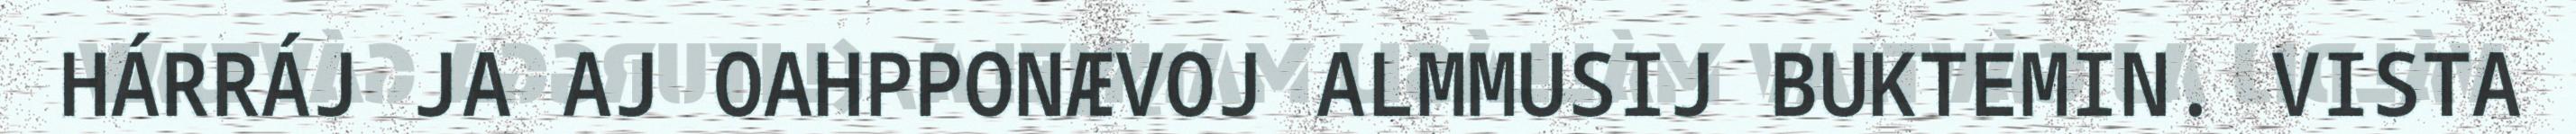
HÁRRÁJ JA AJ OAHPPONÆVOJ ALMMUSIJ BUKTEMIN. VISTA